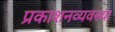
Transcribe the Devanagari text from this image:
प्रकाशनव्यवस्था